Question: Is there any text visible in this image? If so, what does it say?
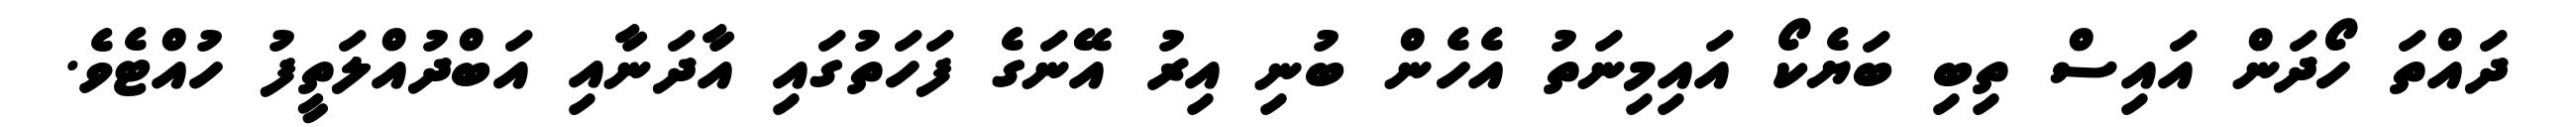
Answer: ދައްތަ ހޯދަން އައިސް ތިބި ބަޔެކޯ އައިމިނަތު އެހެން ބުނި އިރު އޭނަގެ ފަހަތުގައި އާދަނާއި އަބްދުއްލަތީފު ހުއްޓެވެ.